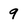
Character: 9